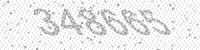
Solution: 348665